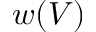
w ( V )